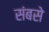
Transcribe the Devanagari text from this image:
संबसे